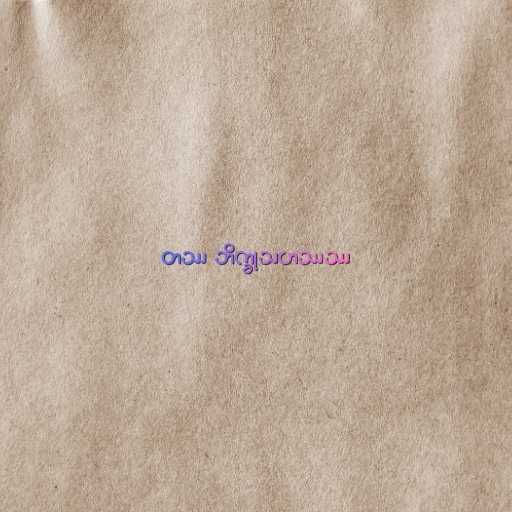
တဿ ဘိက္ခုသဟဿဿ